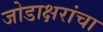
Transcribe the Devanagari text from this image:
जोडाक्षरांचा